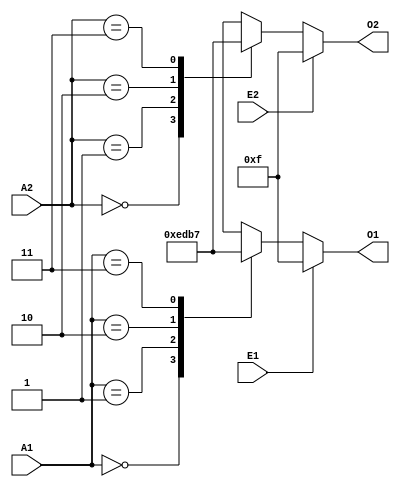
// This program was cloned from: https://github.com/pcornier/FM-7_MiSTer
// License: GNU General Public License v2.0


module x74139(

  input  E1,
  input  E2,
  input  [1:0] A1,
  input  [1:0] A2,
  output reg [3:0] O1,
  output reg [3:0] O2

);

always @*
  if (~E1)
    case (A1)
      2'b00: O1 = 4'b1110;
      2'b01: O1 = 4'b1101;
      2'b10: O1 = 4'b1011;
      2'b11: O1 = 4'b0111;
    endcase
  else
    O1 = 4'b1111;

always @*
  if (~E2)
    case (A2)
      2'b00: O2 = 4'b1110;
      2'b01: O2 = 4'b1101;
      2'b10: O2 = 4'b1011;
      2'b11: O2 = 4'b0111;
    endcase
  else
    O2 = 4'b1111;

endmodule